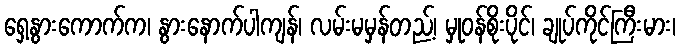
ရှေ့နွားကောက်က၊ နွားနောက်ပါကျန်၊ လမ်းမမှန်တည့်၊ မှုဝန်စိုးပိုင်၊ ချုပ်ကိုင်ကြီးမား၊